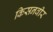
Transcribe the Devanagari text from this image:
किसनवीर